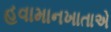
હવામાનખાતાએ